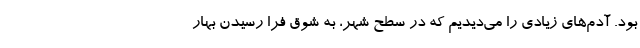
بود. آدم‌های زیادی را می‌دیدیم که در سطح شهر، به شوق فرا رسیدن بهار